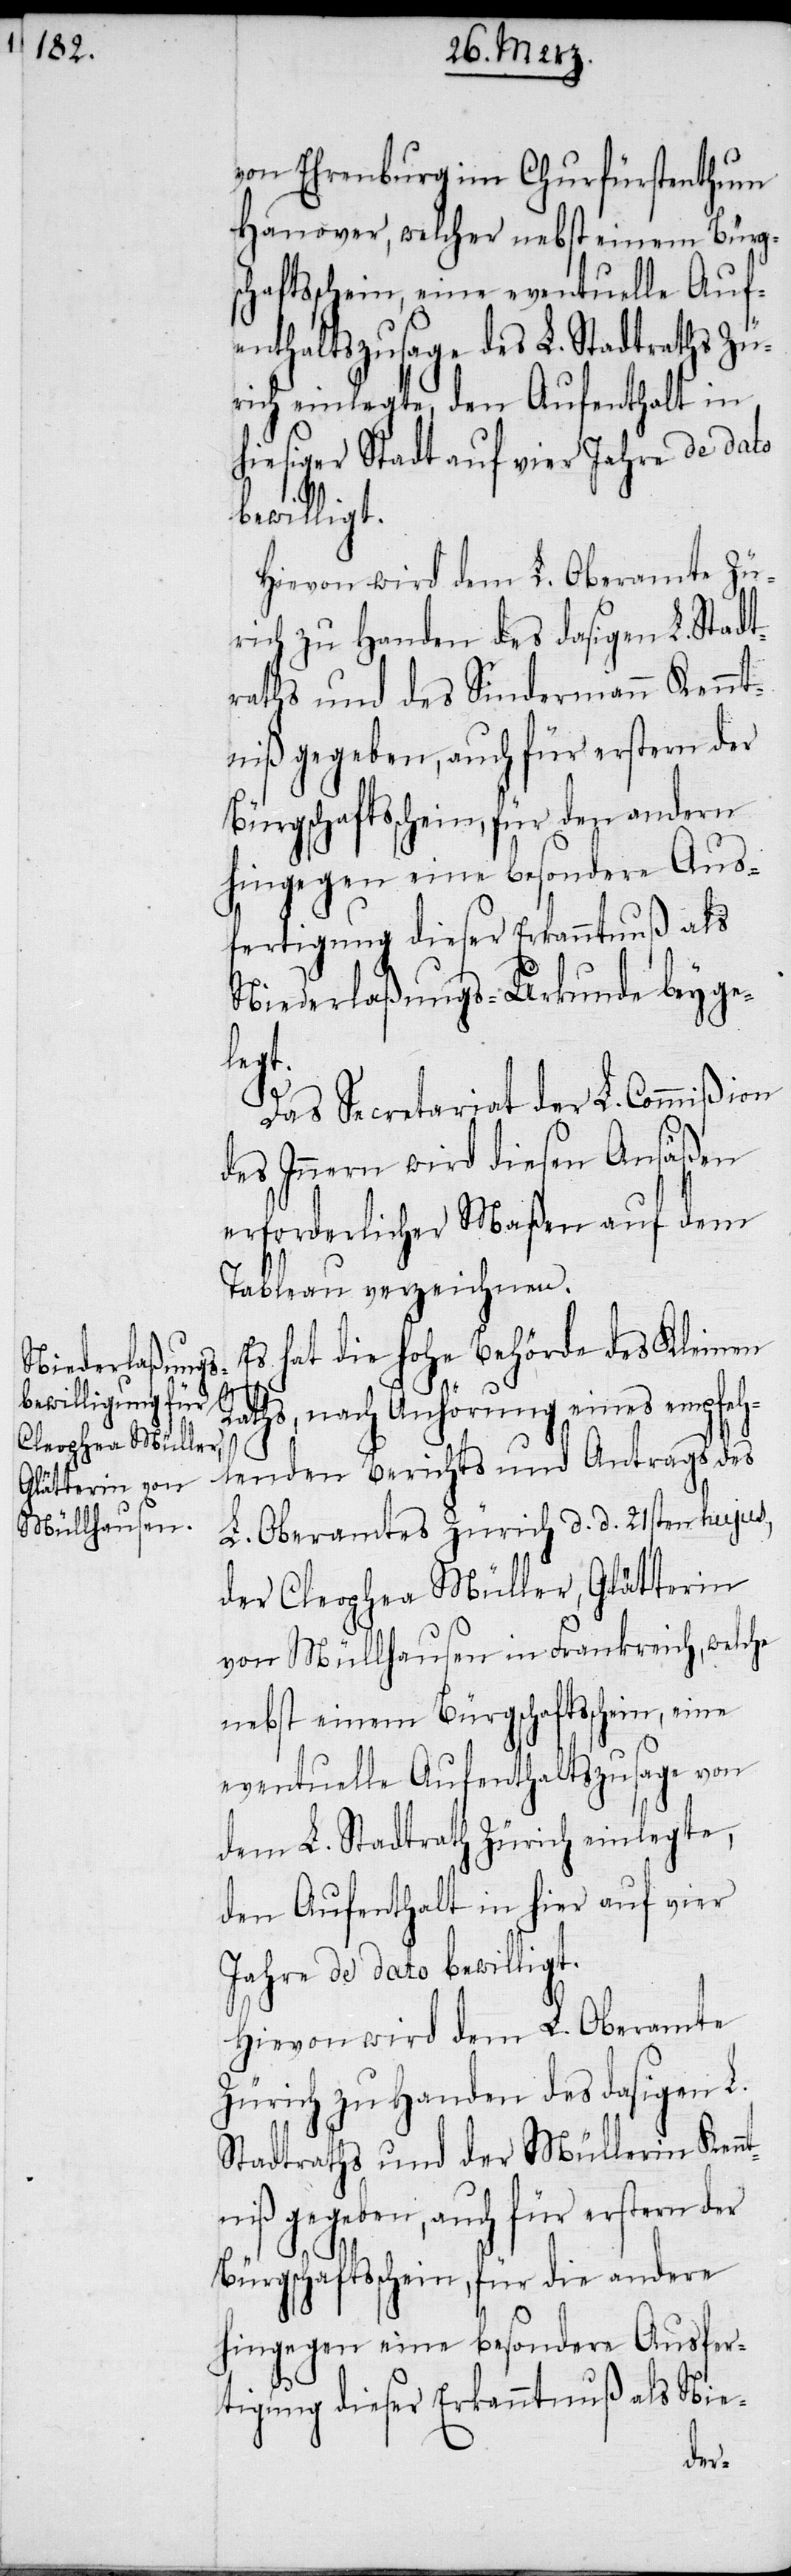
von Ehrenburg im Churfürstenthum
Hanover, welcher nebst einem Bürgs¬
chaftsschein, eine eventuelle Auf¬
enthaltszusage des L. Stadtraths Zü¬
rich einlegte, den Aufenthalt in
hiesiger Stadt auf vier Jahre de dato
bewilligt.
Hievon wird dem L. Oberamte Zü¬
rich zu Handen des dasigen L. Stadt¬
raths und des Sindermann Kennt¬
niß gegeben, auch für erstern der
Bürgschaftsschein, für den andern
hingegen eine besondere Aus¬
fertigung dieser Erkanntnuß als
Niederlaßungs-Urkunde beygel¬
egt.
Das Secretariat der L. Commißion
des Innern wird diesen Ansäßen
erforderlicher Maßen auf dem
Tableau verzeichnen.
Es hat die hohe Behörde des Kleinen
Raths, nach Anhörung eines empfeh¬
lenden Berichts und Antrags des
L. Oberamtes Zürich d. d. 21sten hujus,
der Cleophea Müller, Glätterin
von Müllhausen in Frankreich, welche
nebst einem Bürgschaftsschein, eine
eventuelle Aufenthaltszusage von
dem L. Stadtrath Zürich einlegte,
den Aufenthalt in hier auf vier
Jahre de dato bewilligt.
Hievon wird dem L. Oberamte
Zürich zu Handen des dasigen L.
Stadtraths und der Müllerin Kenn¬
tniß gegeben, auch für erstern der
Bürgschaftsschein, für die andere
hingegen eine besondere Ausfer¬
tigung dieser Erkanntnuß als Nie-